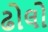
ઢોલો